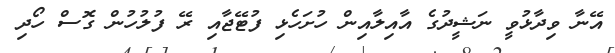
އޭނާ ވިދާޅުވީ ނަޝީދުގެ އާއިލާއިން ހުށަހެޅި ފުޓޭޖާއި ރޭ ފުލުހުން ގޮސް ހޯދި